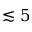
\lesssim 5